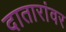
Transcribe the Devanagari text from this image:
दातारांवर